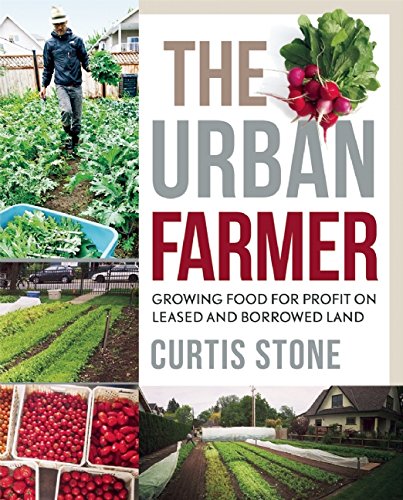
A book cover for The Urban Farmer: Growing Food for Profit on Leased and Borrowed Land; Curtis Allen Stone; Science & Math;